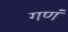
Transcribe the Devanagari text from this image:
गणं